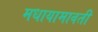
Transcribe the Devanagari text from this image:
मधायामावती